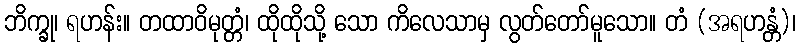
ဘိက္ခု၊ ရဟန်း။ တထာဝိမုတ္တံ၊ ထိုထိုသို့ သော ကိလေသာမှ လွတ်တော်မူသော။ တံ (အရဟန္တံ)၊